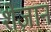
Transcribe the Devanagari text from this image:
शेज़ान